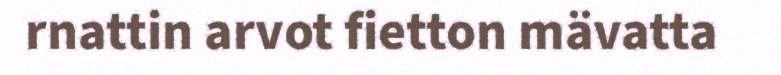
rnattin arvot fietton mävatta